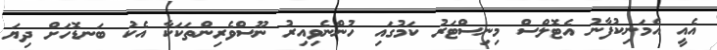
އެއީ އެމަނިކުފާނު އެޓޮލްސް މިނިސްޓަރު ކަމުގައި ހުންނެވިއިރު ނޫސްވެރިންތަކަކާ އެކު ބަނޑޮހަށް ދިޔަ